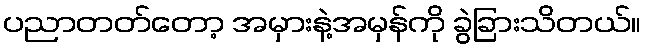
ပညာတတ်တော့ အမှားနဲ့အမှန်ကို ခွဲခြားသိတယ်။